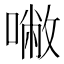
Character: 𰈡